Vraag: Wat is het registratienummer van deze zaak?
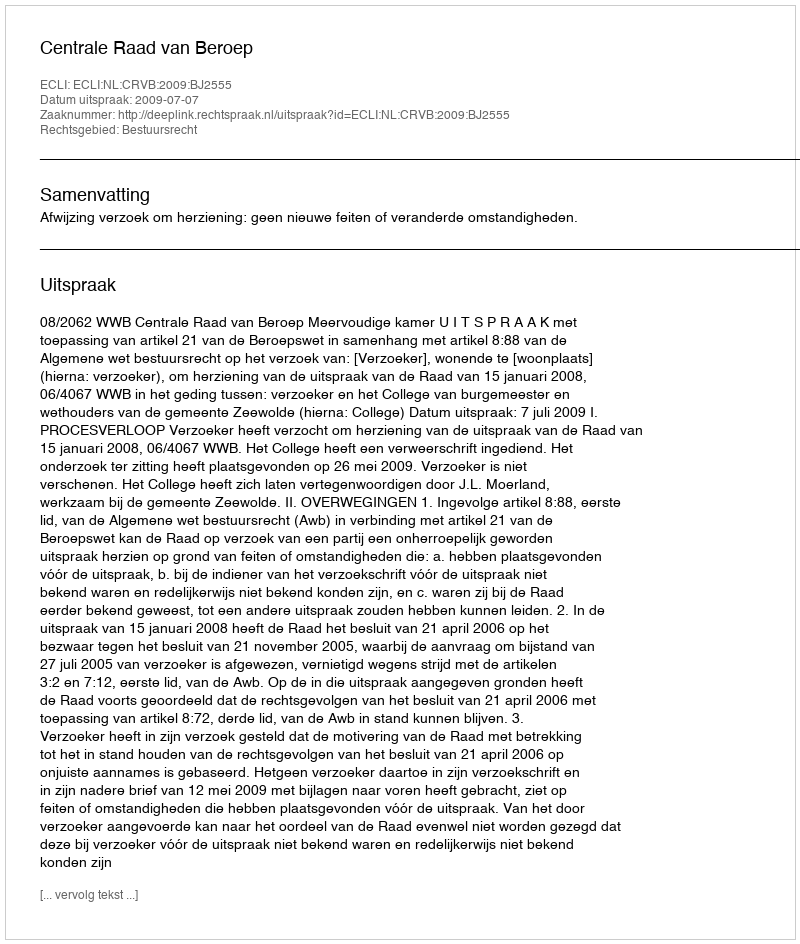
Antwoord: http://deeplink.rechtspraak.nl/uitspraak?id=ECLI:NL:CRVB:2009:BJ2555